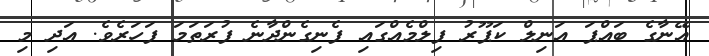
އޭނާގެ ބައްޕަ އަނިލް ކަޕޫރު ފިލްމެއްގައި ފެނިގެންދާނެ ފުރަތަމަ ފަހަރެވެ. އަދި މި